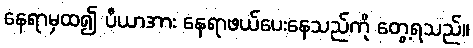
နေရာမှထ၍ ပီယာအား နေရာဖယ်ပေးနေသည်ကို တွေ့ရသည်။